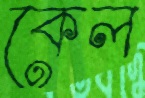
কেল